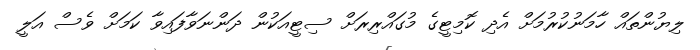
ލިޔުންތައް ހާމަނުކުރުމަށް އެދި ކޮމިޓީގެ މުގައްރިރަށް ސިޓީއަކުން ދަންނަވާފައިވާ ކަމަށް ވެސް އަލީ